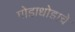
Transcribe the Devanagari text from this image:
गोडाधोडाचे